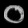
Digit: ၀